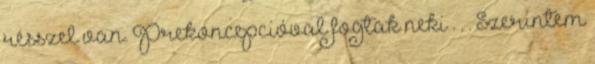
résszel van. Prekoncepcióval fogtak neki . . . Szerintem